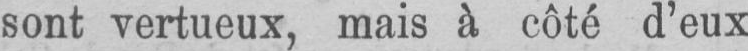
sont vertueux, mais à côté d’eux